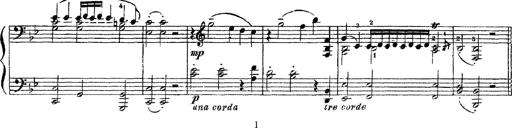
Title: Sarabande und Chaconne aus dem Singspiel
Composer: Franz Liszt